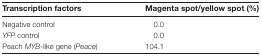
<table><thead><tr><td><b>Transcription factors</b></td><td><b>Magenta spot/yellow spot (%)</b></td></tr></thead><tbody><tr><td>Negative control</td><td>0.0</td></tr><tr><td><i>YFP</i> control</td><td>0.0</td></tr><tr><td>Peach <i>MYB</i>-like gene (<i>Peace</i>)</td><td>104.1</td></tr></tbody></table>